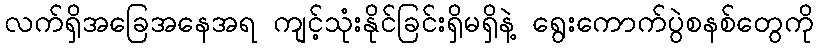
လက်ရှိအခြေအနေအရ ကျင့်သုံးနိုင်ခြင်းရှိမရှိနဲ့ ရွေးကောက်ပွဲစနစ်တွေကို